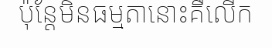
ប៉ុន្តែមិនធម្មតានោះគឺលើក